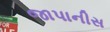
જાપાનીસ